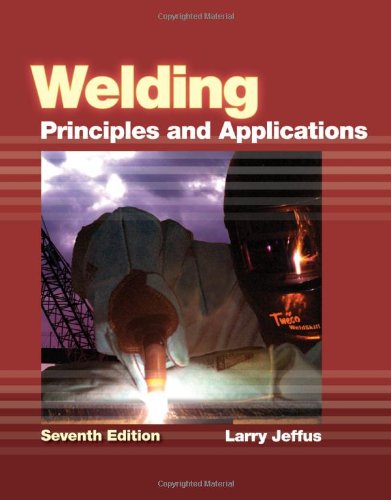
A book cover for Welding: Principles and Applications; Larry Jeffus; Engineering & Transportation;